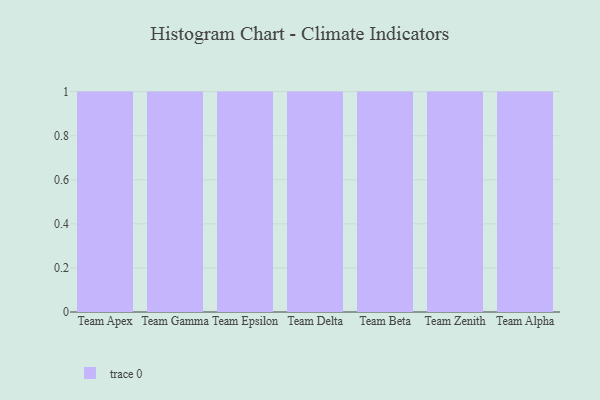
{"axis": {"x": "Team", "y": "Latency (ms)"}, "legend": [""], "data": [{"x": "Team Apex", "y": 49, "type": ""}, {"x": "Team Gamma", "y": 48, "type": ""}, {"x": "Team Epsilon", "y": 49, "type": ""}, {"x": "Team Delta", "y": 78, "type": ""}, {"x": "Team Beta", "y": 54, "type": ""}, {"x": "Team Zenith", "y": 33, "type": ""}, {"x": "Team Alpha", "y": 100, "type": ""}]}